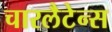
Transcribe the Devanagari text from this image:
चारलैटेन्स